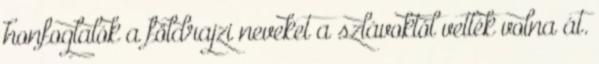
honfoglalók a földrajzi neveket a szlávoktól vették volna át.